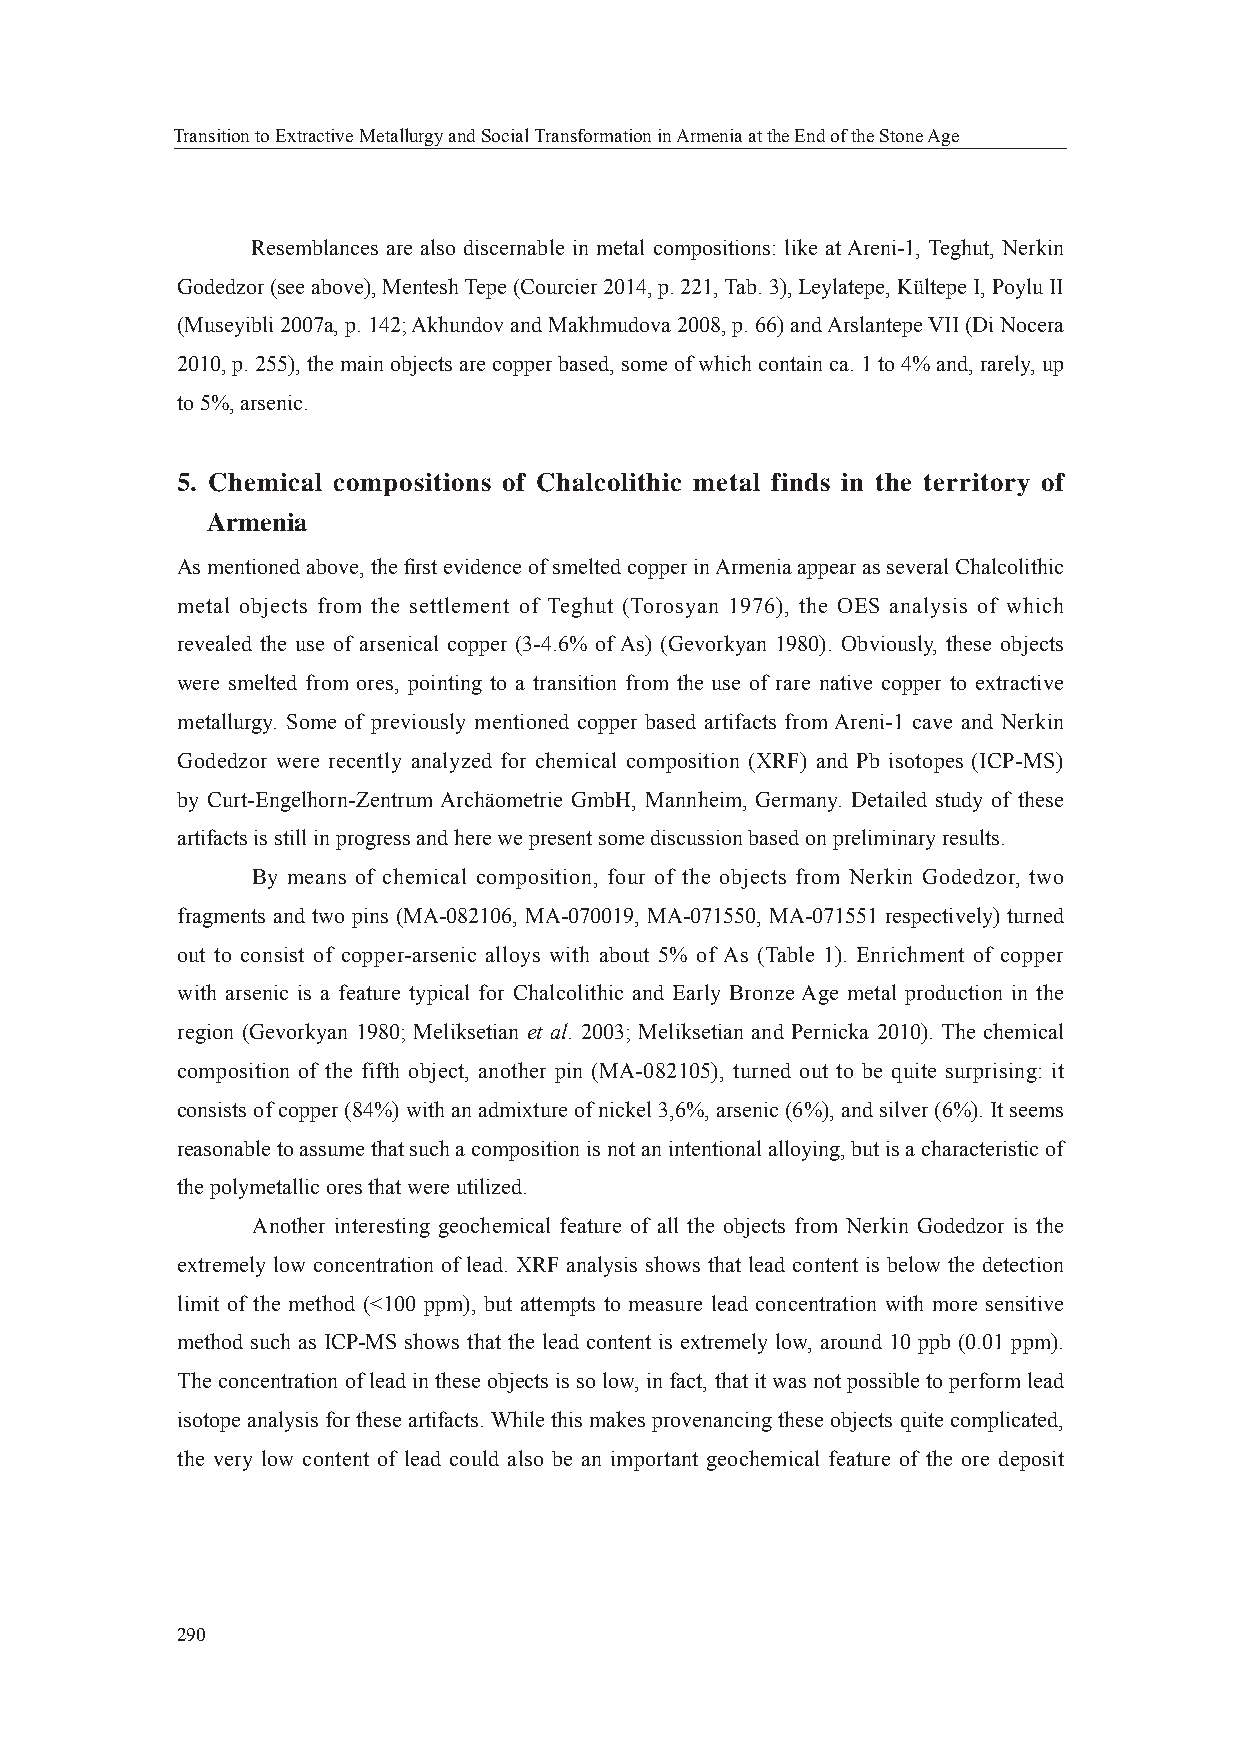
Transition to Extractive Metallurgy and Social Transformation in Armenia at the End of the Stone Age
 Resemblances are also discernable in metal compositions: like at Areni-1, Teghut, Nerkin
 Godedzor (see above), Mentesh Tepe (Courcier 2014, p. 221, Tab. 3), Leylatepe, Kültepe I, Poylu II
 (Museyibli 2007a, p. 142; Akhundov and Makhmudova 2008, p. 66) and Arslantepe VII (Di Nocera
 2010, p. 255), the main objects are copper based, some of which contain ca. 1 to 4% and, rarely, up
 to 5%, arsenic.
 5. Chemical compositions of Chalcolithic metal finds in the territory of
 Armenia
 As mentioned above, the fi rst evidence of smelted copper in Armenia appear as several Chalcolithic
 metal objects from the settlement of Teghut (Torosyan 1976), the OES analysis of which
 revealed the use of arsenical copper (3-4.6% of As) (Gevorkyan 1980). Obviously, these objects
 were smelted from ores, pointing to a transition from the use of rare native copper to extractive
 metallurgy. Some of previously mentioned copper based artifacts from Areni-1 cave and Nerkin
 Godedzor were recently analyzed for chemical composition (XRF) and Pb isotopes (ICP-MS)
 by Curt-Engelhorn-Zentrum Archäometrie GmbH, Mannheim, Germany. Detailed study of these
 artifacts is still in progress and here we present some discussion based on preliminary results.
 By means of chemical composition, four of the objects from Nerkin Godedzor, two
 fragments and two pins (MA-082106, MA-070019, MA-071550, MA-071551 respectively) turned
 out to consist of copper-arsenic alloys with about 5% of As (Table 1). Enrichment of copper
 with arsenic is a feature typical for Chalcolithic and Early Bronze Age metal production in the
 region (Gevorkyan 1980; Meliksetian et al. 2003; Meliksetian and Pernicka 2010). The chemical
 composition of the fifth object, another pin (MA-082105), turned out to be quite surprising: it
 consists of copper (84%) with an admixture of nickel 3,6%, arsenic (6%), and silver (6%). It seems
 reasonable to assume that such a composition is not an intentional alloying, but is a characteristic of
 the polymetallic ores that were utilized.
 Another interesting geochemical feature of all the objects from Nerkin Godedzor is the
 extremely low concentration of lead. XRF analysis shows that lead content is below the detection
 limit of the method (<100 ppm), but attempts to measure lead concentration with more sensitive
 method such as ICP-MS shows that the lead content is extremely low, around 10 ppb (0.01 ppm).
 The concentration of lead in these objects is so low, in fact, that it was not possible to perform lead
 isotope analysis for these artifacts. While this makes provenancing these objects quite complicated,
 the very low content of lead could also be an important geochemical feature of the ore deposit
 290